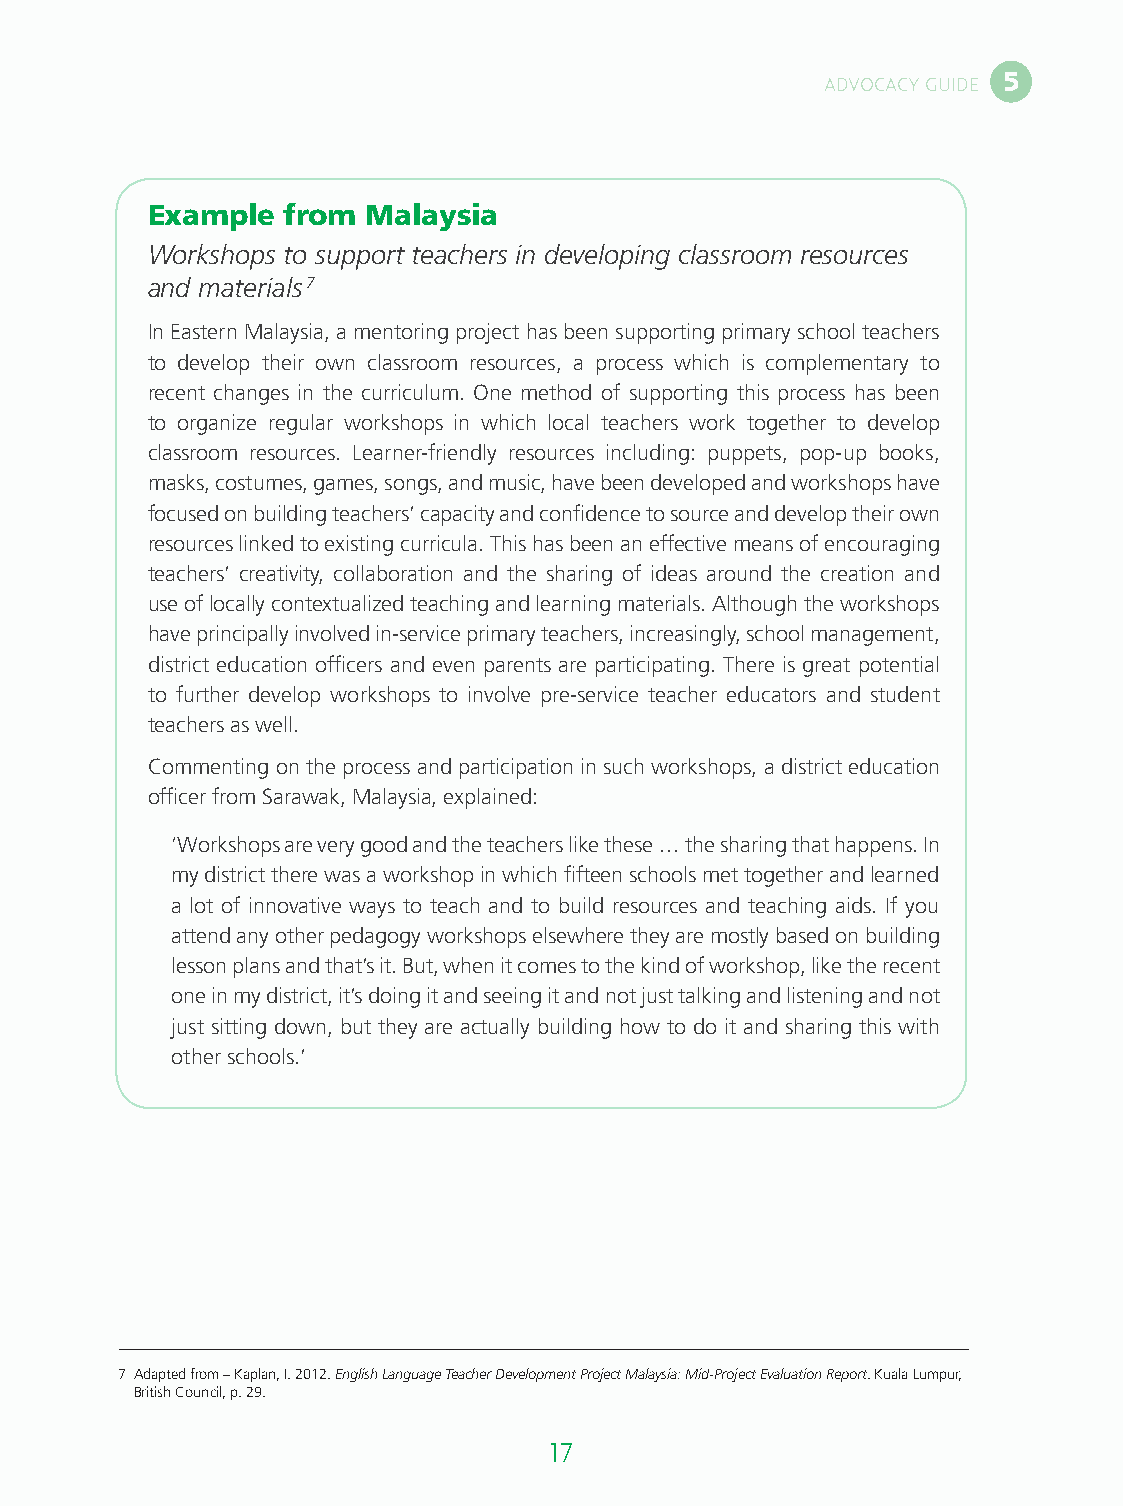
5
 ADVOCACY GUIDE
 Example  from Malaysia
 Workshops to support teachers in developing classroom resources
 and materials7
 In Eastern Malaysia, a mentoring project has been supporting primary school teachers
 to develop their own classroom resources, a process which is complementary to
 recent changes in the curriculum. One method of supporting this process has been
 to organize regular workshops in which local teachers work together to develop
 classroom resources. Learner-friendly resources including: puppets, pop-up books,
 masks, costumes, games, songs, and music, have been developed and workshops have
 focused on building teachers’ capacity and confidence to source and develop their own
 resources linked to existing curricula. This has been an effective means of encouraging
 teachers’ creativity, collaboration and the sharing of ideas around the creation and
 use of locally contextualized teaching and learning materials. Although the workshops
 have principally involved in-service primary teachers, increasingly, school management,
 district education officers and even parents are participating. There is great potential
 to further develop workshops to involve pre-service teacher educators and student
 teachers as well.
 Commenting on the process and participation in such workshops, a district education
 officer from Sarawak, Malaysia, explained:
 ‘Workshops are very good and the teachers like these … the sharing that happens. In
 my district there was a workshop in which fifteen schools met together and learned
 a lot of innovative ways to teach and to build resources and teaching aids. If you
 attend any other pedagogy workshops elsewhere they are mostly based on building
 lesson plans and that’s it. But, when it comes to the kind of workshop, like the recent
 one in my district, it’s doing it and seeing it and not just talking and listening and not
 just sitting down, but they are actually building how to do it and sharing this with
 other schools.’
 7 Adapted from – Kaplan, I. 2012. English Language Teacher Development Project Malaysia: Mid-Project Evaluation Report. Kuala Lumpur,
 British Council, p. 29.
 16                                  17